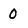
Character: 0